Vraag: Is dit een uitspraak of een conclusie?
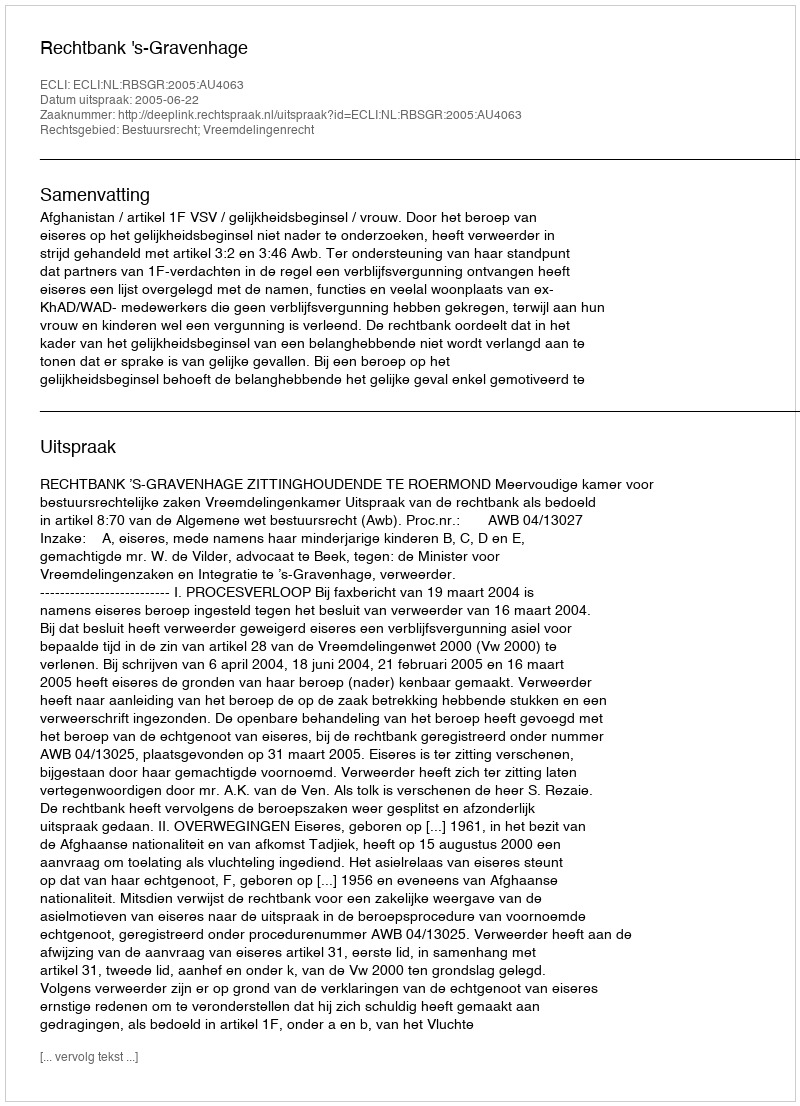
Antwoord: Uitspraak